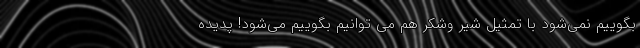
بگوییم نمی‌شود با تمثیل شیر وشکر هم می توانیم بگوییم می‌شود! پدیده